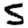
Digit: 5